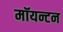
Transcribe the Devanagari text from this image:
मॉयन्टन